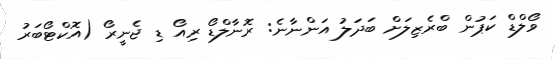
ވޯލްޑް ކަޕުން ބްރެޒިލަށް ބަދަލު އަންނާނެ: ރޮނާލްޑޯ ރިއޯ ޑި ޖެނީރޯ (އޮކްޓޯބަރު